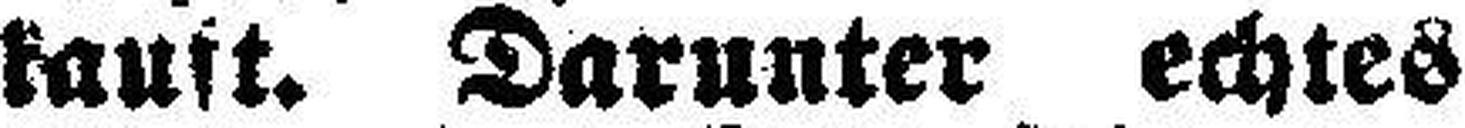
kauft. Darunter echtes